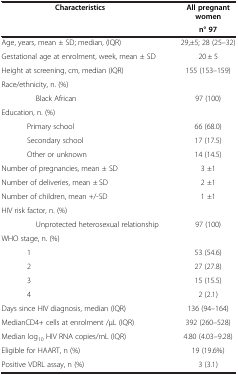
<table><thead><tr><td><b>Characteristics</b></td><td><b>All pregnant women</b></td></tr><tr><td><b> </b></td><td><b>n° 97</b></td></tr></thead><tbody><tr><td>Age, years, mean ± SD; median, (IQR)</td><td>29,±5; 28 (25–32)</td></tr><tr><td>Gestational age at enrolment, week, mean ± SD</td><td>20 ± 5</td></tr><tr><td>Height at screening, cm, median (IQR)</td><td>155 (153–159)</td></tr><tr><td>Race/ethnicity, n. (%)</td><td> </td></tr><tr><td>Black African</td><td>97 (100)</td></tr><tr><td>Education, n. (%)</td><td> </td></tr><tr><td>Primary school</td><td>66 (68.0)</td></tr><tr><td>Secondary school</td><td>17 (17.5)</td></tr><tr><td>Other or unknown</td><td>14 (14.5)</td></tr><tr><td>Number of pregnancies, mean ± SD</td><td>3 ±1</td></tr><tr><td>Number of deliveries, mean ± SD</td><td>2 ±1</td></tr><tr><td>Number of children, mean +/-SD</td><td>1 ±1</td></tr><tr><td>HIV risk factor, n. (%)</td><td> </td></tr><tr><td>Unprotected heterosexual relationship</td><td>97 (100)</td></tr><tr><td>WHO stage, n. (%)</td><td> </td></tr><tr><td>1</td><td>53 (54.6)</td></tr><tr><td>2</td><td>27 (27.8)</td></tr><tr><td>3</td><td>15 (15.5)</td></tr><tr><td>4</td><td>2 (2.1)</td></tr><tr><td>Days since HIV diagnosis, median (IQR)</td><td>136 (94–164)</td></tr><tr><td>MedianCD4+ cells at enrolment /μL (IQR)</td><td>392 (260–528)</td></tr><tr><td>Median log<sub>10</sub> HIV RNA copies/mL (IQR)</td><td>4.80 (4.03–9.28)</td></tr><tr><td>Eligible for HAART, n (%)</td><td>19 (19.6%)</td></tr><tr><td>Positive VDRL assay, n (%)</td><td>3 (3.1)</td></tr></tbody></table>